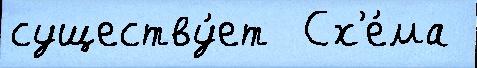
существу́ет  Сх'е́ма